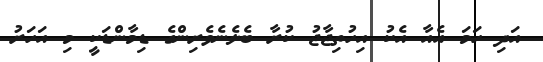
އަދި ހަމަ އެއާ އެކު އިހުތިޖާޖު ކުރާ ބެލެނެވެރިންގެ ޑިމާންޑަކީ މި އަހަރު